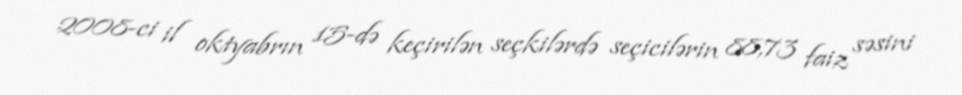
2008-ci il oktyabrın 15-də keçirilən seçkilərdə seçicilərin 88,73 faiz səsini